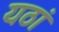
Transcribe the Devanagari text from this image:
यठां